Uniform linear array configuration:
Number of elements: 8
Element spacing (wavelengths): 0.25
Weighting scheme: blackman
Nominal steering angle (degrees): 45
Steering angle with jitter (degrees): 44.79
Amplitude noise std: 0.05
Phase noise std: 0.05

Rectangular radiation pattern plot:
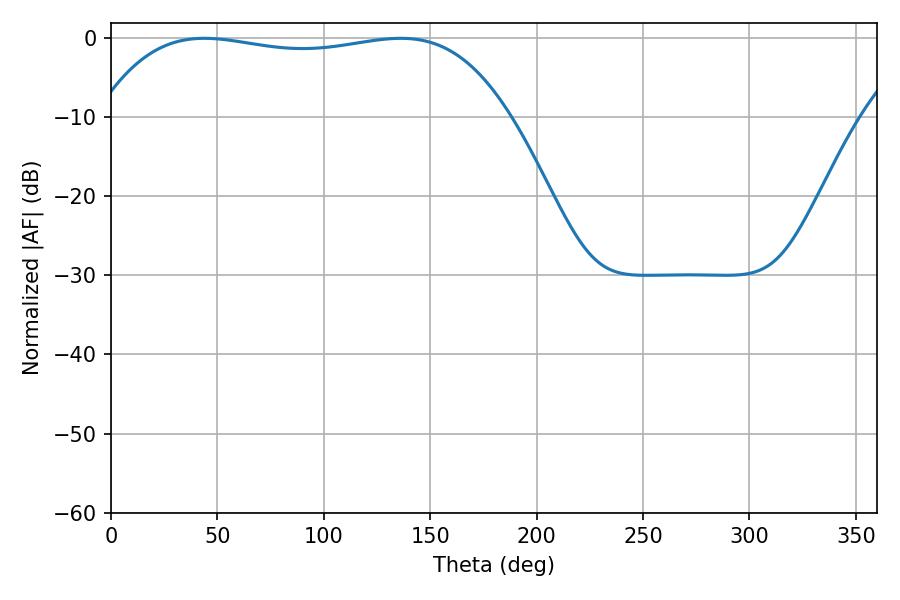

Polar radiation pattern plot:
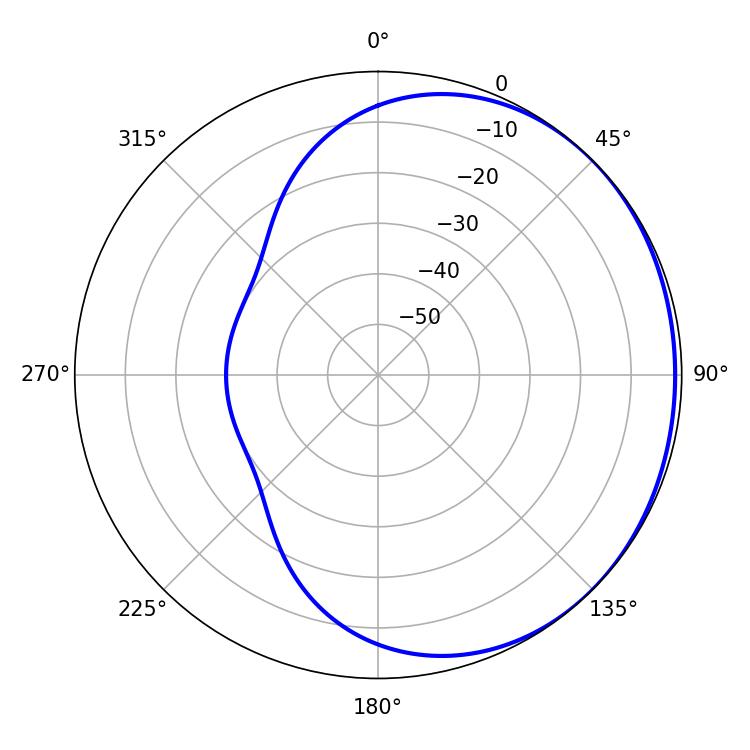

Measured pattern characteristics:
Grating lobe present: FALSE
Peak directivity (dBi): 0.7728
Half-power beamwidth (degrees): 154.08
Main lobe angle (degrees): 43.92